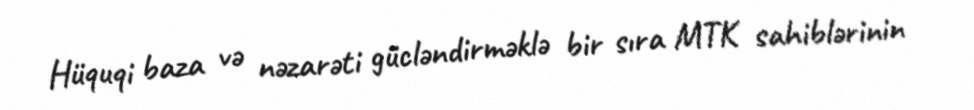
Hüquqi baza və nəzarəti gücləndirməklə bir sıra MTK sahiblərinin